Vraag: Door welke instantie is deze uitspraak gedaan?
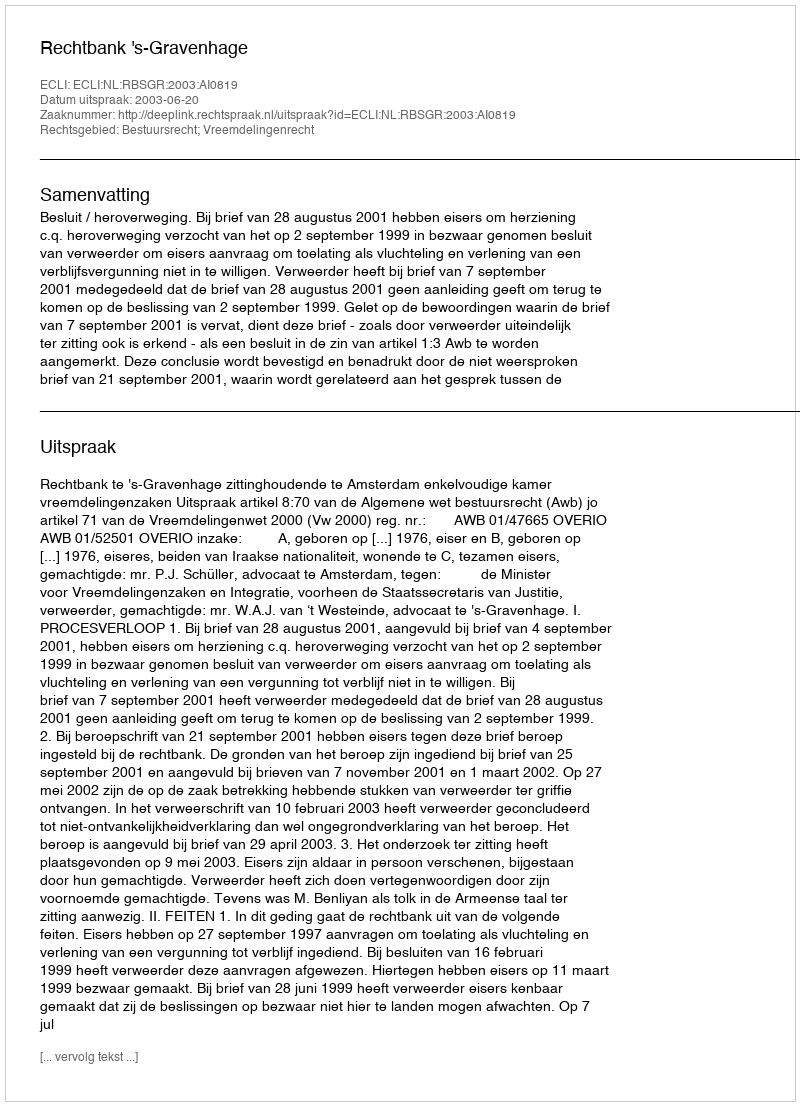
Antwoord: Rechtbank 's-Gravenhage